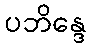
ပဘိန္ဒေ